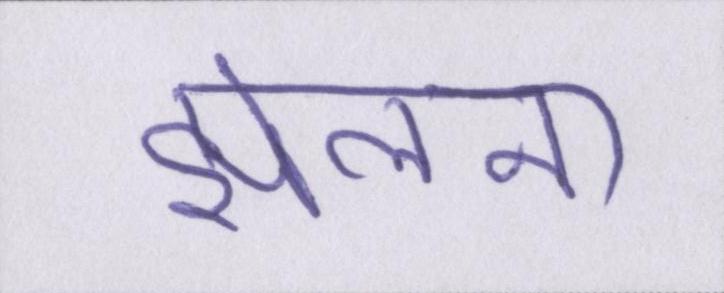
झेलना